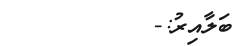
ބަލާއިރު:-